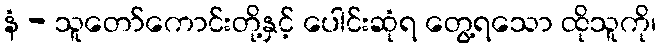
နံ - သူတော်ကောင်းတို့နှင့် ပေါင်းဆုံရ တွေ့ရသော ထိုသူကို၊